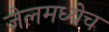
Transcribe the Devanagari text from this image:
जेलमध्येच